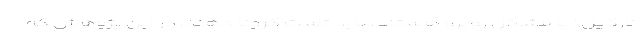
نارگیل» با مشکل روبرو هستند، باید تست کرونا دهند. در این پژوهش که